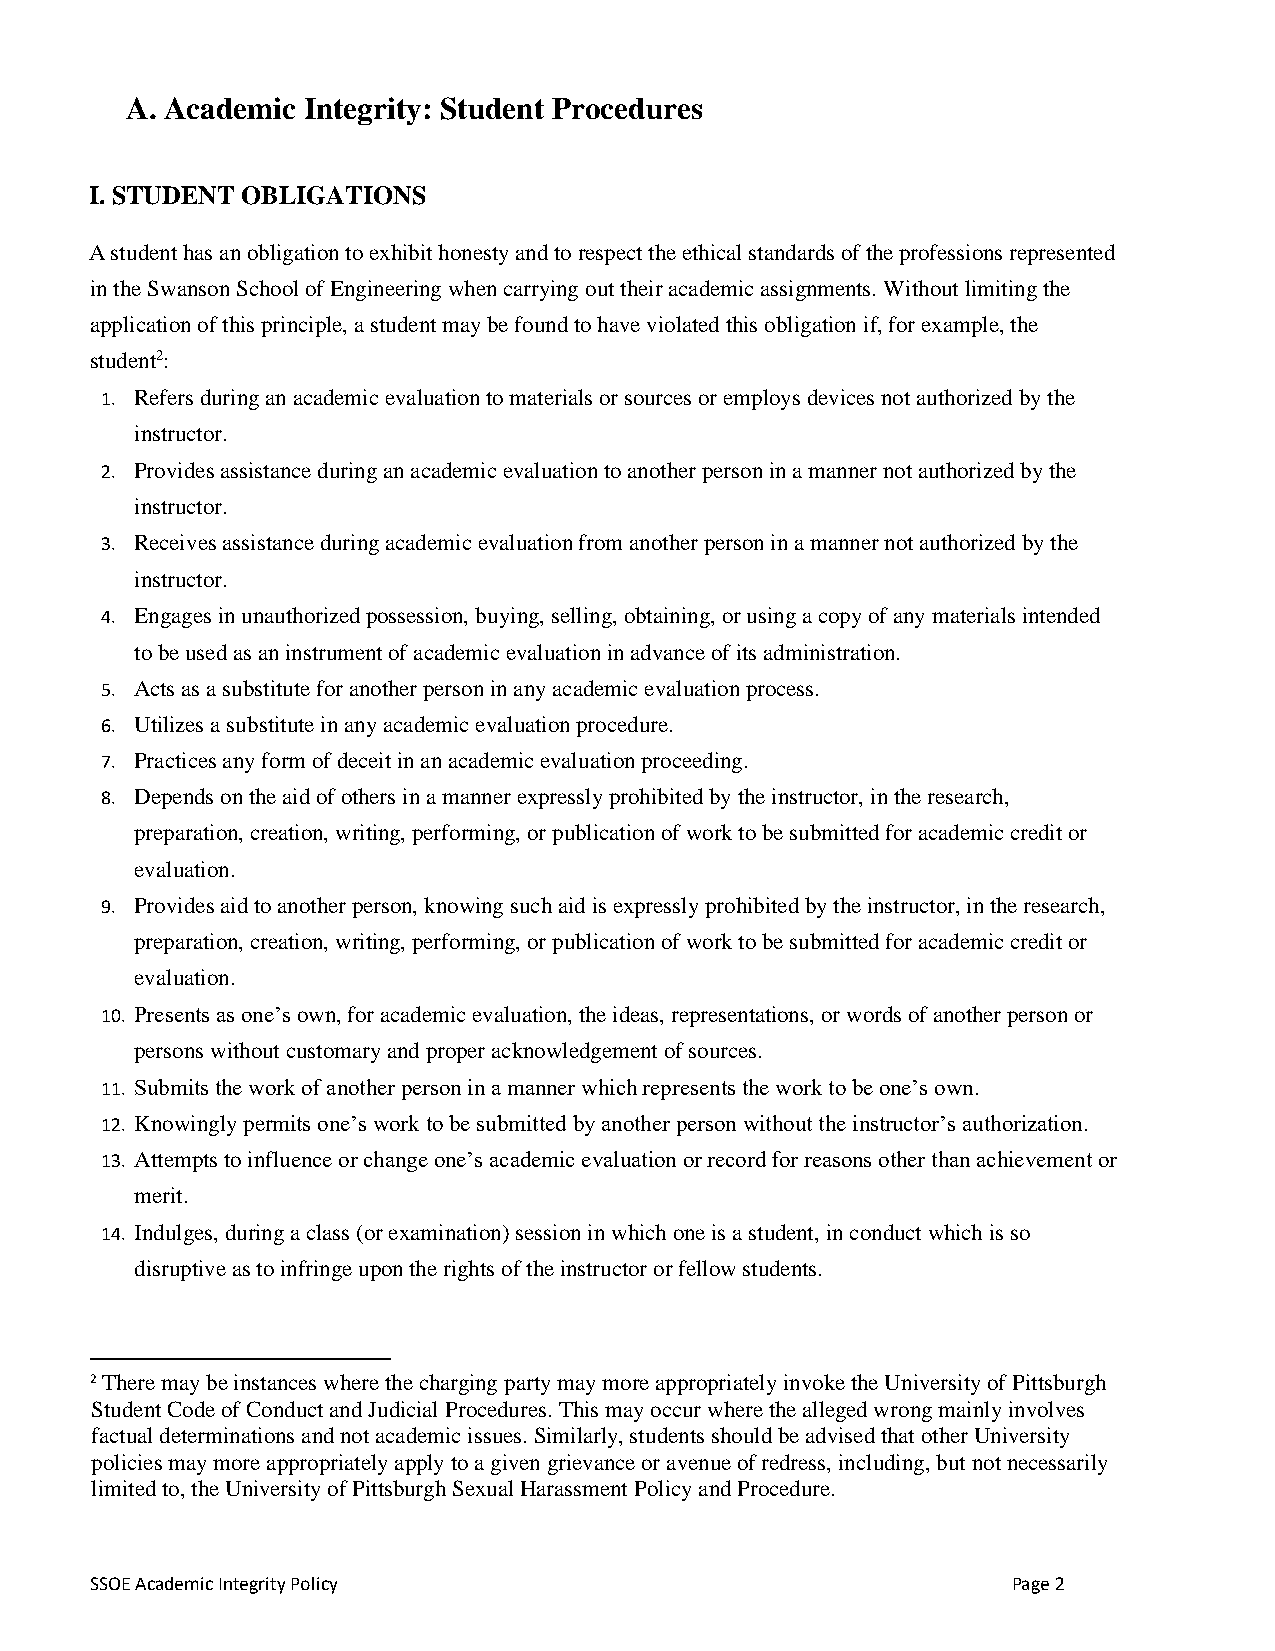
A. Academic Integrity: Student Procedures
 I. STUDENT OBLIGATIONS
 A student has an obligation to exhibit honesty and to respect the ethical standards of the professions represented
 in the Swanson School of Engineering when carrying out their academic assignments. Without limiting the
 application of this principle, a student may be found to have violated this obligation if, for example, the
 student2:
 1. Refers during an academic evaluation to materials or sources or employs devices not authorized by the
 instructor.
 2. Provides assistance during an academic evaluation to another person in a manner not authorized by the
 instructor.
 3. Receives assistance during academic evaluation from another person in a manner not authorized by the
 instructor.
 4. Engages in unauthorized possession, buying, selling, obtaining, or using a copy of any materials intended
 to be used as an instrument of academic evaluation in advance of its administration.
 5. Acts as a substitute for another person in any academic evaluation process.
 6. Utilizes a substitute in any academic evaluation procedure.
 7. Practices any form of deceit in an academic evaluation proceeding.
 8. Depends on the aid of others in a manner expressly prohibited by the instructor, in the research,
 preparation, creation, writing, performing, or publication of work to be submitted for academic credit or
 evaluation.
 9. Provides aid to another person, knowing such aid is expressly prohibited by the instructor, in the research,
 preparation, creation, writing, performing, or publication of work to be submitted for academic credit or
 evaluation.
 10. Presents as one’s own, for academic evaluation, the ideas, representations, or words of another person or
 persons without customary and proper acknowledgement of sources.
 11. Submits the work of another person in a manner which represents the work to be one’s own.
 12. Knowingly permits one’s work to be submitted by another person without the instructor’s authorization.
 13. Attempts to influence or change one’s academic evaluation or record for reasons other than achievement or
 merit.
 14. Indulges, during a class (or examination) session in which one is a student, in conduct which is so
 disruptive as to infringe upon the rights of the instructor or fellow students.
 2 There may be instances where the charging party may more appropriately invoke the University of Pittsburgh
 Student Code of Conduct and Judicial Procedures. This may occur where the alleged wrong mainly involves
 factual determinations and not academic issues. Similarly, students should be advised that other University
 policies may more appropriately apply to a given grievance or avenue of redress, including, but not necessarily
 limited to, the University of Pittsburgh Sexual Harassment Policy and Procedure.
 SSOE Academic Integrity Policy                               Page 2